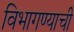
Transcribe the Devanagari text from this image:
विभागण्याची